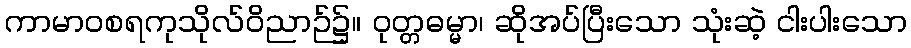
ကာမာဝစရကုသိုလ်ဝိညာဉ်၌။ ဝုတ္တဓမ္မာ၊ ဆိုအပ်ပြီးသော သုံးဆဲ့ ငါးပါးသော